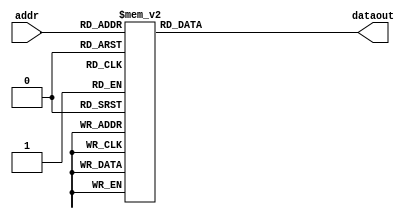
/*
* Module         - ROM_cb0
* Top module     - cbselect
* Project        - CODEC2_ENCODE_2400
* Developer      - Santhiya S
* Date           - Mon Feb 04 15:19:31 2019
*
* Description    -
* Inputs         -

*32 bits fixed point representation
   S - E  - M
   1 - 15 - 16
*/
module ROM_nlp_w(addr,dataout);

	parameter N = 80;
	input [5:0] addr;
	output reg [N-1:0] dataout;

	reg [N-1:0] nlp_w[63:0];
	
	always@(*)
	begin
nlp_w[0] = 80'b00000000000000000000000000000000000000000000000000000000000000000000000000000000;
nlp_w[1] = 80'b00000000000000000000000000000000000000000000000000000000000000000000000010100010;
nlp_w[2] = 80'b00000000000000000000000000000000000000000000000000000000000000000000001010001001;
nlp_w[3] = 80'b00000000000000000000000000000000000000000000000000000000000000000000010110101111;
nlp_w[4] = 80'b00000000000000000000000000000000000000000000000000000000000000000000101000001101;
nlp_w[5] = 80'b00000000000000000000000000000000000000000000000000000000000000000000111110010110;
nlp_w[6] = 80'b00000000000000000000000000000000000000000000000000000000000000000001011000111101;
nlp_w[7] = 80'b00000000000000000000000000000000000000000000000000000000000000000001110111110010;
nlp_w[8] = 80'b00000000000000000000000000000000000000000000000000000000000000000010011010100000;
nlp_w[9] = 80'b00000000000000000000000000000000000000000000000000000000000000000011000000110001;
nlp_w[10] = 80'b00000000000000000000000000000000000000000000000000000000000000000011101010001101;
nlp_w[11] = 80'b00000000000000000000000000000000000000000000000000000000000000000100010110011010;
nlp_w[12] = 80'b00000000000000000000000000000000000000000000000000000000000000000101000100111100;
nlp_w[13] = 80'b00000000000000000000000000000000000000000000000000000000000000000101110101010101;
nlp_w[14] = 80'b00000000000000000000000000000000000000000000000000000000000000000110100111000101;
nlp_w[15] = 80'b00000000000000000000000000000000000000000000000000000000000000000111011001101111;
nlp_w[16] = 80'b00000000000000000000000000000000000000000000000000000000000000001000001100110000;
nlp_w[17] = 80'b00000000000000000000000000000000000000000000000000000000000000001000111111101010;
nlp_w[18] = 80'b00000000000000000000000000000000000000000000000000000000000000001001110001111011;
nlp_w[19] = 80'b00000000000000000000000000000000000000000000000000000000000000001010100011000100;
nlp_w[20] = 80'b00000000000000000000000000000000000000000000000000000000000000001011010010100101;
nlp_w[21] = 80'b00000000000000000000000000000000000000000000000000000000000000001100000000000000;
nlp_w[22] = 80'b00000000000000000000000000000000000000000000000000000000000000001100101010111000;
nlp_w[23] = 80'b00000000000000000000000000000000000000000000000000000000000000001101010010110010;
nlp_w[24] = 80'b00000000000000000000000000000000000000000000000000000000000000001101110111010100;
nlp_w[25] = 80'b00000000000000000000000000000000000000000000000000000000000000001110011000001000;
nlp_w[26] = 80'b00000000000000000000000000000000000000000000000000000000000000001110110100111000;
nlp_w[27] = 80'b00000000000000000000000000000000000000000000000000000000000000001111001101010010;
nlp_w[28] = 80'b00000000000000000000000000000000000000000000000000000000000000001111100001000111;
nlp_w[29] = 80'b00000000000000000000000000000000000000000000000000000000000000001111110000001010;
nlp_w[30] = 80'b00000000000000000000000000000000000000000000000000000000000000001111111010010010;
nlp_w[31] = 80'b00000000000000000000000000000000000000000000000000000000000000001111111111010111;
nlp_w[32] = 80'b00000000000000000000000000000000000000000000000000000000000000001111111111010111;
nlp_w[33] = 80'b00000000000000000000000000000000000000000000000000000000000000001111111010010010;
nlp_w[34] = 80'b00000000000000000000000000000000000000000000000000000000000000001111110000001010;
nlp_w[35] = 80'b00000000000000000000000000000000000000000000000000000000000000001111100001000111;
nlp_w[36] = 80'b00000000000000000000000000000000000000000000000000000000000000001111001101010010;
nlp_w[37] = 80'b00000000000000000000000000000000000000000000000000000000000000001110110100111000;
nlp_w[38] = 80'b00000000000000000000000000000000000000000000000000000000000000001110011000001000;
nlp_w[39] = 80'b00000000000000000000000000000000000000000000000000000000000000001101110111010100;
nlp_w[40] = 80'b00000000000000000000000000000000000000000000000000000000000000001101010010110010;
nlp_w[41] = 80'b00000000000000000000000000000000000000000000000000000000000000001100101010111000;
nlp_w[42] = 80'b00000000000000000000000000000000000000000000000000000000000000001011111111111111;
nlp_w[43] = 80'b00000000000000000000000000000000000000000000000000000000000000001011010010100101;
nlp_w[44] = 80'b00000000000000000000000000000000000000000000000000000000000000001010100011000100;
nlp_w[45] = 80'b00000000000000000000000000000000000000000000000000000000000000001001110001111011;
nlp_w[46] = 80'b00000000000000000000000000000000000000000000000000000000000000001000111111101010;
nlp_w[47] = 80'b00000000000000000000000000000000000000000000000000000000000000001000001100110000;
nlp_w[48] = 80'b00000000000000000000000000000000000000000000000000000000000000000111011001101111;
nlp_w[49] = 80'b00000000000000000000000000000000000000000000000000000000000000000110100111000101;
nlp_w[50] = 80'b00000000000000000000000000000000000000000000000000000000000000000101110101010101;
nlp_w[51] = 80'b00000000000000000000000000000000000000000000000000000000000000000101000100111100;
nlp_w[52] = 80'b00000000000000000000000000000000000000000000000000000000000000000100010110011010;
nlp_w[53] = 80'b00000000000000000000000000000000000000000000000000000000000000000011101010001101;
nlp_w[54] = 80'b00000000000000000000000000000000000000000000000000000000000000000011000000110001;
nlp_w[55] = 80'b00000000000000000000000000000000000000000000000000000000000000000010011010100000;
nlp_w[56] = 80'b00000000000000000000000000000000000000000000000000000000000000000001110111110010;
nlp_w[57] = 80'b00000000000000000000000000000000000000000000000000000000000000000001011000111101;
nlp_w[58] = 80'b00000000000000000000000000000000000000000000000000000000000000000000111110010110;
nlp_w[59] = 80'b00000000000000000000000000000000000000000000000000000000000000000000101000001101;
nlp_w[60] = 80'b00000000000000000000000000000000000000000000000000000000000000000000010110101111;
nlp_w[61] = 80'b00000000000000000000000000000000000000000000000000000000000000000000001010001001;
nlp_w[62] = 80'b00000000000000000000000000000000000000000000000000000000000000000000000010100010;
nlp_w[63] = 80'b00000000000000000000000000000000000000000000000000000000000000000000000000000000;
		
		dataout = nlp_w[addr];
	end
endmodule